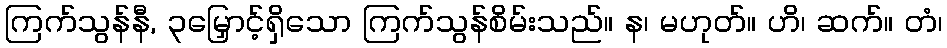
ကြက်သွန်နီ, ၃မြှောင့်ရှိသော ကြက်သွန်စိမ်းသည်။ န၊ မဟုတ်။ ဟိ၊ ဆက်။ တံ၊